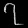
Digit: ၇